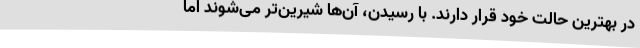
در بهترین حالت خود قرار دارند. با رسیدن، آن‌ها شیرین‌تر می‌شوند اما